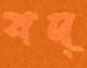
বদ্